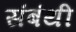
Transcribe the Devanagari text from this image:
संबंथी